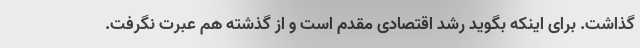
گذاشت. برای اینکه بگوید رشد اقتصادی مقدم است و از گذشته هم عبرت نگرفت.